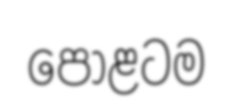
පොළටම